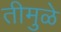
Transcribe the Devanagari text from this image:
तीमुळे